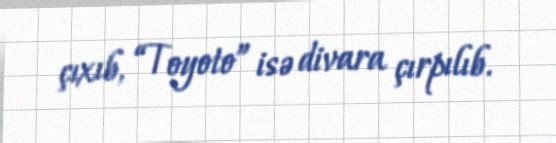
çıxıb, “Toyoto” isə divara çırpılıb.